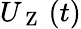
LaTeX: {U_{\mathrm{~Z~}}}\left(t\right)